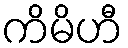
ကိမိဟီ